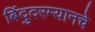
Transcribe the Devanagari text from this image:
बिंदुदरम्यानचे